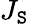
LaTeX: J_{\mathtt{S}}